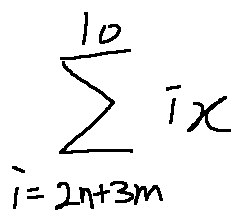
\sum \limits _ { i = 2 n + 3 m } ^ { 1 0 } i x